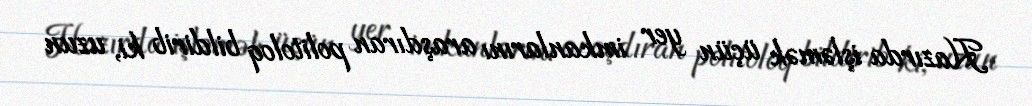
Hazırda işləmək üçün yer imkanlarını araşdıran politoloq bildirib ki, uzun